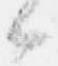
候